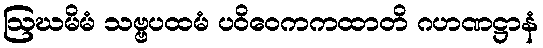
ဩဃမိမံ သဗ္ဗပထမံ ပဝိဝေကကထာတိ ဂဟဏဋ္ဌာနံ